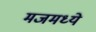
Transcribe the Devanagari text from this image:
मजमध्ये